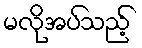
မလိုအပ်သည့်